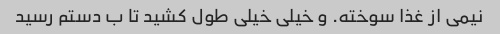
نیمی از غذا سوخته. و خیلی خیلی طول کشید تا ب دستم رسید